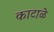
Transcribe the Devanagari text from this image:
काटाळे